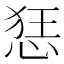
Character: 㤮